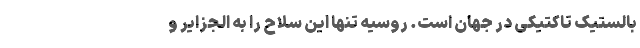
بالستیک تاکتیکی در جهان است. روسیه تنها این سلاح را به الجزایر و